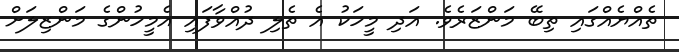
ތެއްޔެއްގައި ތިބޭ މަންޒަރެވެ. އަދި މީހަކު އެ ތެލި ދުއްވާފައި އެމީހުންގެ މަންޒިލަށް